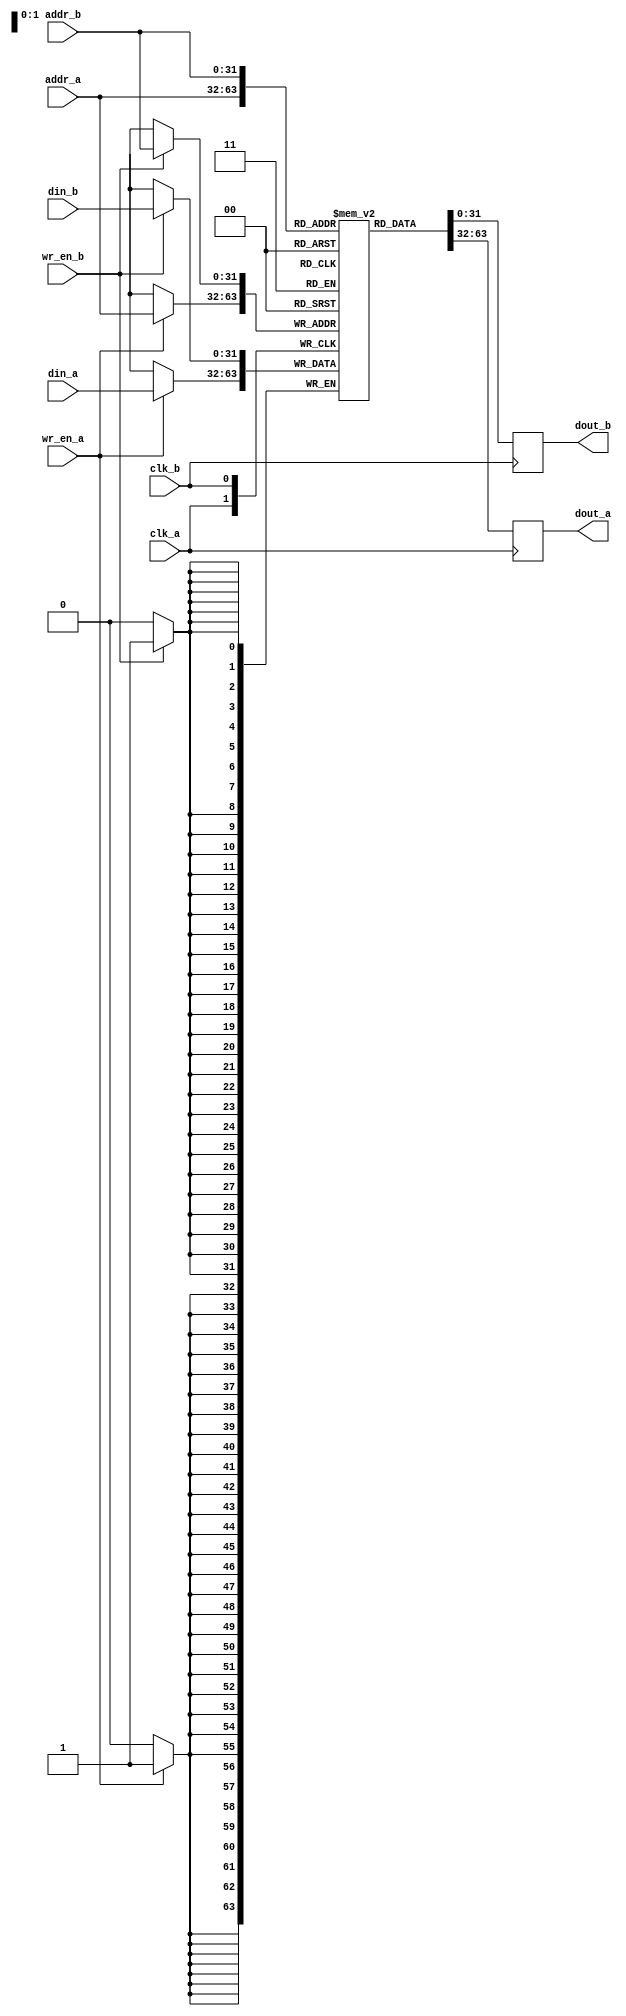
module dc_ram(input wire			clk_a,
	      input wire [addr_bits - 1:0]	addr_a,
	      input wire [data_bits - 1:0]	din_a,
	      output reg [data_bits - 1:0]	dout_a,
	      input wire			wr_en_a,
	      input wire			clk_b,
	      input wire [addr_bits - 1:0]	addr_b,
	      input wire [data_bits - 1:0]	din_b,
	      output reg [data_bits - 1:0]	dout_b,
	      input wire			wr_en_b);

parameter addr_bits = 32;
parameter data_bits = 32;

// The RAM is driven by two clocks for synchronization between clock domains,
// but in use only one domain will write at a time.
// verilator lint_save
// verilator lint_off MULTIDRIVEN

reg [data_bits - 1:0] ram[2 ** addr_bits - 1:0] /*synthesis syn_ramstyle = "no_rw_check"*/;

integer i;

initial begin
	for (i = 0; i < 2 ** addr_bits; i = i + 1)
		ram[i] = {data_bits{1'b0}};
end

always @(posedge clk_a) begin
	if (wr_en_a)
		ram[addr_a] <= din_a;
	dout_a <= ram[addr_a];
end

always @(posedge clk_b) begin
	if (wr_en_b)
		ram[addr_b] <= din_b;
	dout_b <= ram[addr_b];
end

// verilator lint_restore

endmodule